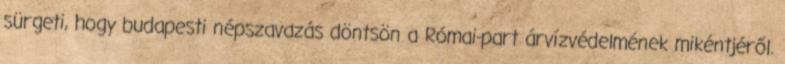
sürgeti, hogy budapesti népszavazás döntsön a Római-part árvízvédelmének mikéntjéről.